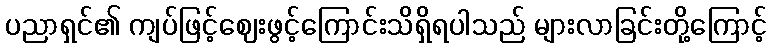
ပညာရှင်၏ ကျပ်ဖြင့်ဈေးဖွင့်ကြောင်းသိရှိရပါသည် များလာခြင်းတို့ကြောင့်